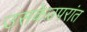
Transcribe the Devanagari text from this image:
उसकेउपरांत